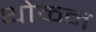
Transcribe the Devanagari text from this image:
थोकन